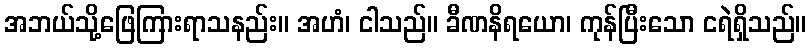
အဘယ်သို့ဖြေကြားရာသနည်း။ အဟံ၊ ငါသည်။ ခီဏနိရယော၊ ကုန်ပြီးသော ငရဲရှိသည်။